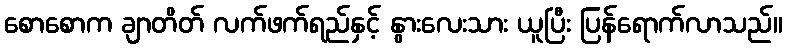
စောစောက ချာတိတ် လက်ဖက်ရည်နှင့် နွားလေးသား ယူပြီး ပြန်ရောက်လာသည်။